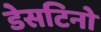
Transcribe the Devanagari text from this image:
डेसटिनो